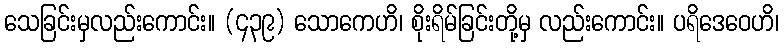
သေခြင်းမှလည်းကောင်း။ (၄၃၉) သောကေဟိ၊ စိုးရိမ်ခြင်းတို့မှ လည်းကောင်း။ ပရိဒေဝေဟိ၊